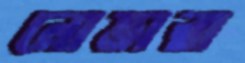
নোভারা